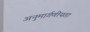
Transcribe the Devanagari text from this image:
अनुमार्गणीयता